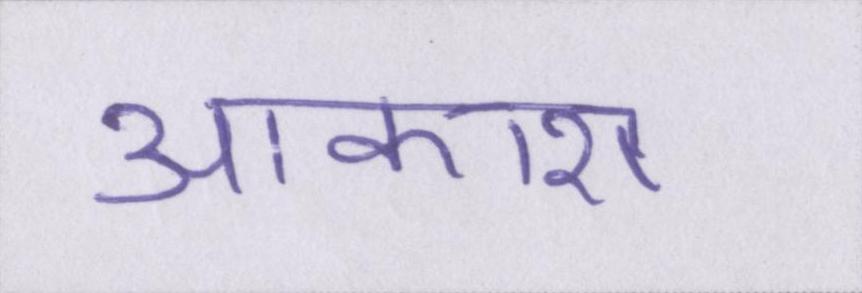
आकाश